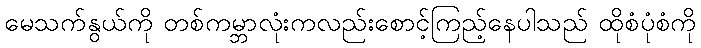
မေသက်နွယ်ကို တစ်ကမ္ဘာလုံးကလည်းစောင့်ကြည့်နေပါသည် ထိုစံပုံစံကို